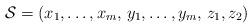
LaTeX: \begin{align*} \mathcal{S} = (x_1, \dots, x_m,\, y_1, \dots, y_m,\, z_1,z_2)\end{align*}